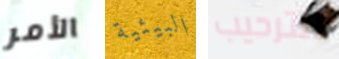
الأمر البيئية للترحيب